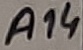
Text: A14